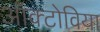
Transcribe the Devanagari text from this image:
ऑक्टोविया